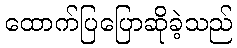
ထောက်ပြပြောဆိုခဲ့သည်